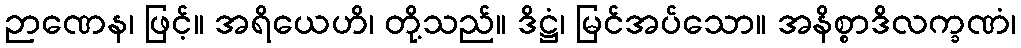
ဉာဏေန၊ ဖြင့်။ အရိယေဟိ၊ တို့သည်။ ဒိဋ္ဌံ၊ မြင်အပ်သော။ အနိစ္စာဒိလက္ခဏံ၊